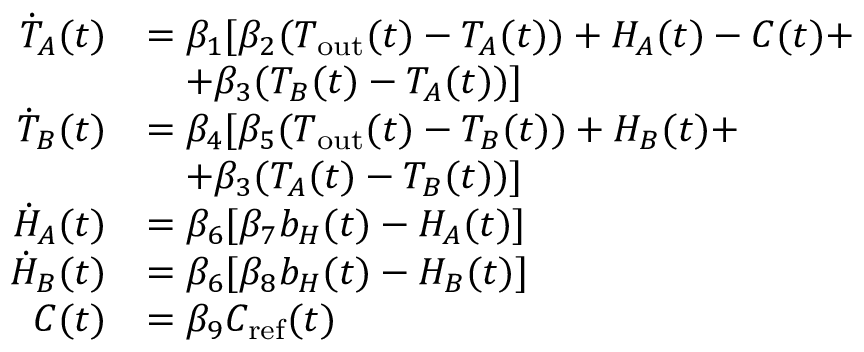
\begin{array} { r l } { \dot { T } _ { A } ( t ) } & { = \beta _ { 1 } [ \beta _ { 2 } ( T _ { \mathrm { o u t } } ( t ) - T _ { A } ( t ) ) + H _ { A } ( t ) - C ( t ) + } \\ & { \quad + \beta _ { 3 } ( T _ { B } ( t ) - T _ { A } ( t ) ) ] } \\ { \dot { T } _ { B } ( t ) } & { = \beta _ { 4 } [ \beta _ { 5 } ( T _ { \mathrm { o u t } } ( t ) - T _ { B } ( t ) ) + H _ { B } ( t ) + } \\ & { \quad + \beta _ { 3 } ( T _ { A } ( t ) - T _ { B } ( t ) ) ] } \\ { \dot { H } _ { A } ( t ) } & { = \beta _ { 6 } [ \beta _ { 7 } b _ { H } ( t ) - H _ { A } ( t ) ] } \\ { \dot { H } _ { B } ( t ) } & { = \beta _ { 6 } [ \beta _ { 8 } b _ { H } ( t ) - H _ { B } ( t ) ] } \\ { C ( t ) } & { = \beta _ { 9 } C _ { \mathrm { r e f } } ( t ) } \end{array}